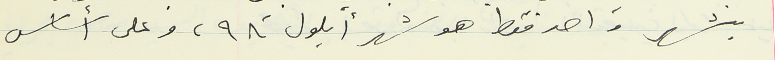
بشهر واحد فقط هو شهر ايلول ٩٨، وعلى أساس